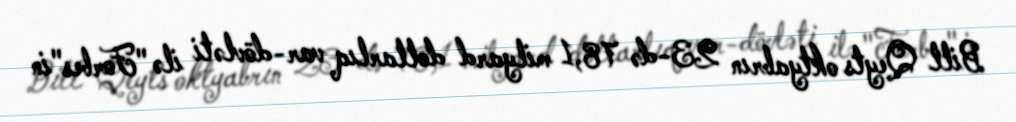
Bill Qeyts oktyabrın 23-də 78,1 milyard dollarlıq var-dövləti ilə "Forbes"in